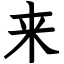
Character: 来